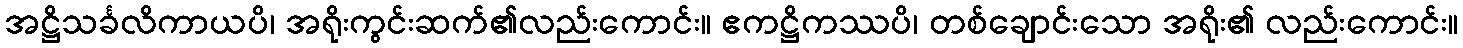
အဋ္ဌိသင်္ခလိကာယပိ၊ အရိုးကွင်းဆက်၏လည်းကောင်း။ ဧကဋ္ဌိကဿပိ၊ တစ်ချောင်းသော အရိုး၏ လည်းကောင်း။